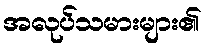
အလုပ်သမားများ၏